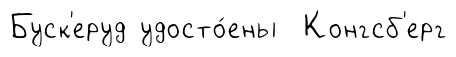
Буск'еруд удосто́ены Конгсб'ерг